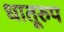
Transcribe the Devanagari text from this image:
धातूरुप